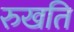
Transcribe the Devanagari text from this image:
रुखति